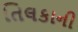
તિલકાની